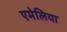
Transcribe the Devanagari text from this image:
एमेलिया